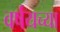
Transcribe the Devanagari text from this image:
वर्षयच्या